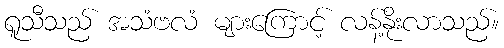
ရူသီသည် အသံဗလံ များကြောင့် လန့်နိုးလာသည်။